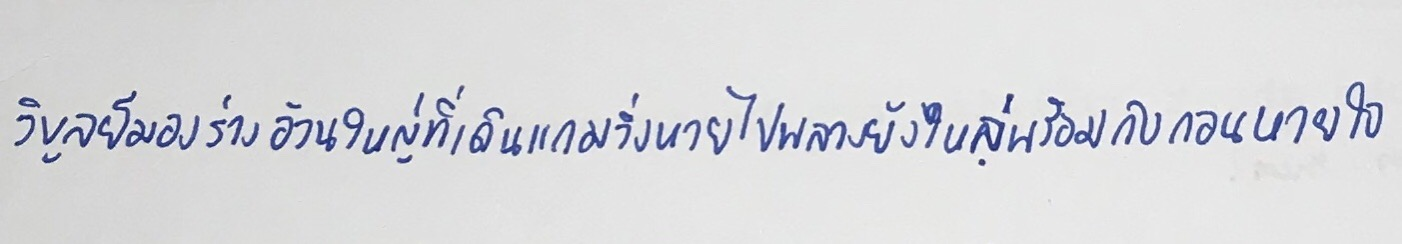
วิบูลย์มองร่างอ้วนใหญ่ที่เดินแกมวิ่งหายไปพลางยังไหล่พร้อมกับถอนใจ